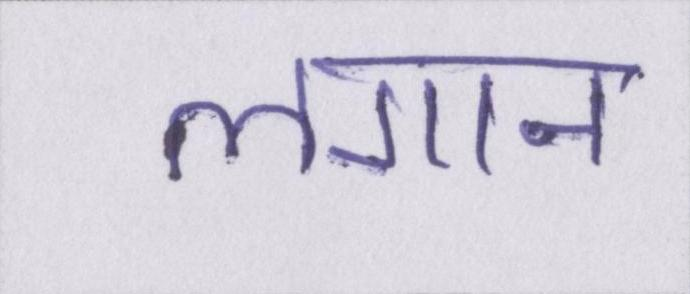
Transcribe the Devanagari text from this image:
लगान